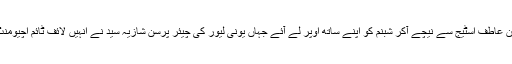
اس ہی دوران عاطف اسٹیج سے نیچے آکر شبنم کو اپنے ساتھ اوپر لے آئے جہاں یونی لیور کی چیئر پرسن شازیہ سید نے انہیں لائف ٹائم اچیومنٹ ایوارڈ دیا۔